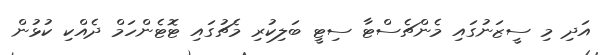
އަދި މި ސީޒަނުގައި މެންޗެސްޓާ ސިޓީ ބަލިކުރި މެޗުގައި ޓޮޓެންހަމް ދެއްކި ކުޅުން